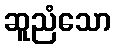
ဆူညံသော